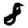
Digit: 8